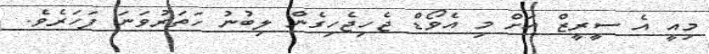
މިއީ އެ ސީރީޒް އަށް މި އެވޯޑް ޖެހިޖެހިގެން ލިބުނު ހަތަރުވަނަ ފަހަރެވެ.